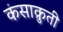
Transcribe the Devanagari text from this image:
कंसाक्रुती